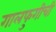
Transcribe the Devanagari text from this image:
गालफुगीची